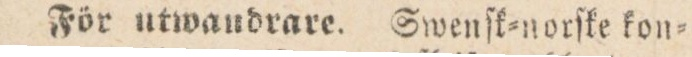
För utwandrare. Swenſk=norſke kon=